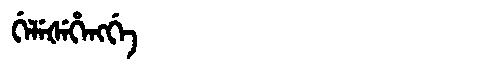
Manchu: ᡤᡝᠯᡝᡧᡝᡥᡝᠩᡤᡝ
Romanization: GELEŠEHENGGE